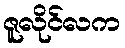
ဇူလိုင်လက